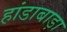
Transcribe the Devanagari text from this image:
हांडाबाड़ा